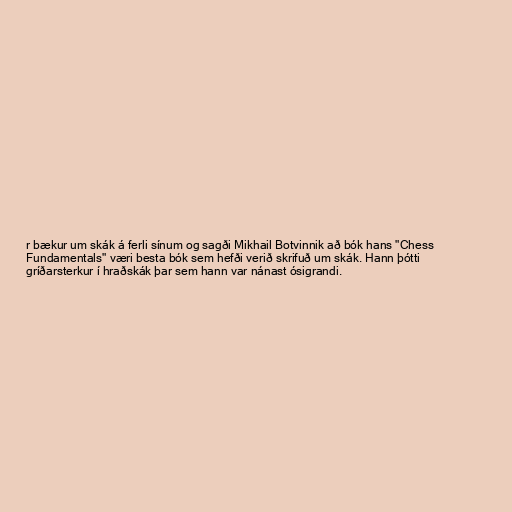
r bækur um skák á ferli sínum og sagði Mikhail Botvinnik að bók hans "Chess
Fundamentals" væri besta bók sem hefði verið skrifuð um skák. Hann þótti
gríðarsterkur í hraðskák þar sem hann var nánast ósigrandi.